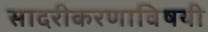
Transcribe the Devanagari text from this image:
सादरीकरणाविषयी